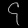
Digit: ၄